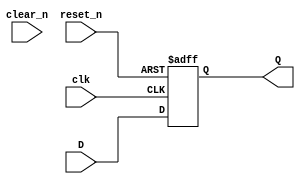
`timescale 1ns / 1ps
//////////////////////////////////////////////////////////////////////////////////
// Company: 
// Engineer: 
// 
// Design Name: 
// Module Name: D_FF_reset
// Project Name: 
// Target Devices: 
// Tool Versions: 
// Description: 
// 
// Dependencies: 
// 
// Revision:
// Revision 0.01 - File Created
// Additional Comments:
// 
//////////////////////////////////////////////////////////////////////////////////


module D_FF_reset(
    input clk,
    input D,
    input reset_n, //asynchronous (regardless of the clock)
    input clear_n,  //synchronous clear (based on the clock)
    output Q
    );
    
    reg Q_reg, Q_next;
    
    always@(negedge clk,  negedge reset_n)
    begin
        Q_reg <= Q_reg; 
        if (!reset_n) //if reset_n is not asserted
            Q_reg <= 1'b0; //set Q_reg to 0
        else
            Q_reg <= Q_next;
    end
    
    always@(D, clear_n)
    begin
    Q_next = Q_reg;
        if(!clear_n)
            Q_next = D;
        else
            Q_next = D;    
    end
    
    assign Q = Q_reg;
    
endmodule